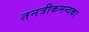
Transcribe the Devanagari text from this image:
तनत्रीकमन्दका